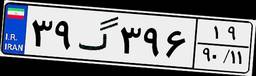
۰۹گ۷۱۰۷۲